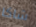
شاكا